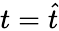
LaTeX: t=\widehat t